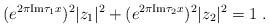
LaTeX: \begin{align*}(e^{2\pi \textrm{Im} \tau_1 x} )^2 |z_1|^2 +(e^{2\pi \textrm{Im} \tau_2 x})^2 |z_2|^2=1 \;.\end{align*}